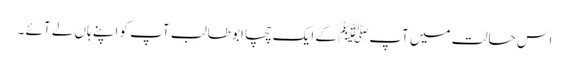
اس حالت میں آپﷺ کے ایک چچا ابو طالب آپ کو اپنے ہاں لے آئے ۔